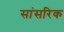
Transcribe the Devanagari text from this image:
सांसरिक